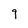
Character: 9